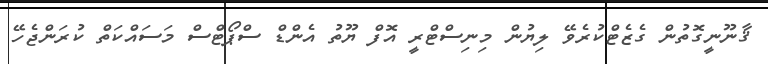
ޤާނޫނީގޮތުން ގެޒެޓްކުރެވޭ ލިޔުން މިނިސްޓްރީ އޮފް ޔޫތު އެންޑް ސްޕޯޓްސް މަސައްކަތް ކުރަންޖެހޭ